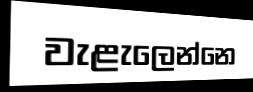
වැළැලෙන්නෙ